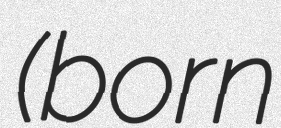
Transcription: (born